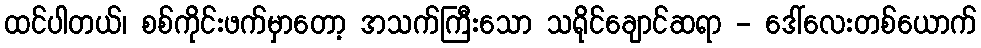
ထင်ပါတယ်၊ စစ်ကိုင်းဖက်မှာတော့ အသက်ကြီးသော သရိုင်ချောင်ဆရာ - ဒေါ်လေးတစ်ယောက်